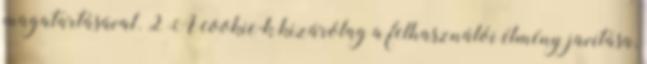
magatartásával. 2 A cookie-k kizárólag a felhasználói élmény javítása,